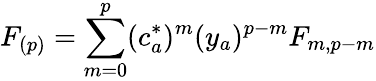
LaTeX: F_{(p)}=\sum_{m=0}^{p}(c_{a}^{*})^{m}(y_{a})^{p-m}F_{m,p-m}